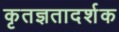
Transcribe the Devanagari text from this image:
कृतज्ञतादर्शक